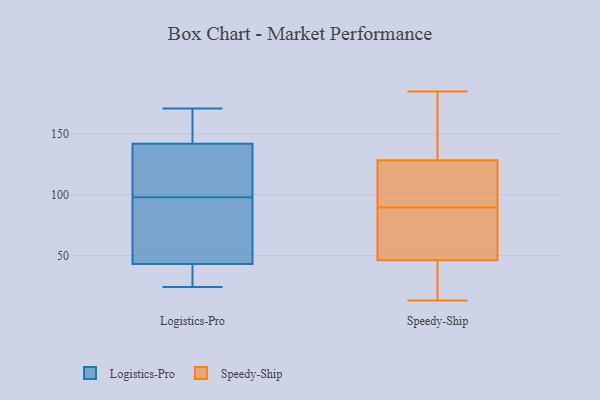
{"axis": {"x": "Net Income (USD K)", "y": "Value"}, "legend": ["Logistics-Pro", "Speedy-Ship"], "data": [{"x": "", "y": 142, "type": "Logistics-Pro"}, {"x": "", "y": 169, "type": "Logistics-Pro"}, {"x": "", "y": 171, "type": "Logistics-Pro"}, {"x": "", "y": 37, "type": "Logistics-Pro"}, {"x": "", "y": 134, "type": "Logistics-Pro"}, {"x": "", "y": 123, "type": "Logistics-Pro"}, {"x": "", "y": 165, "type": "Logistics-Pro"}, {"x": "", "y": 120, "type": "Logistics-Pro"}, {"x": "", "y": 45, "type": "Logistics-Pro"}, {"x": "", "y": 36, "type": "Logistics-Pro"}, {"x": "", "y": 43, "type": "Logistics-Pro"}, {"x": "", "y": 58, "type": "Logistics-Pro"}, {"x": "", "y": 76, "type": "Logistics-Pro"}, {"x": "", "y": 24, "type": "Logistics-Pro"}, {"x": "", "y": 21, "type": "Speedy-Ship"}, {"x": "", "y": 60, "type": "Speedy-Ship"}, {"x": "", "y": 124, "type": "Speedy-Ship"}, {"x": "", "y": 69, "type": "Speedy-Ship"}, {"x": "", "y": 133, "type": "Speedy-Ship"}, {"x": "", "y": 111, "type": "Speedy-Ship"}, {"x": "", "y": 13, "type": "Speedy-Ship"}, {"x": "", "y": 185, "type": "Speedy-Ship"}, {"x": "", "y": 110, "type": "Speedy-Ship"}, {"x": "", "y": 54, "type": "Speedy-Ship"}, {"x": "", "y": 156, "type": "Speedy-Ship"}, {"x": "", "y": 38, "type": "Speedy-Ship"}]}